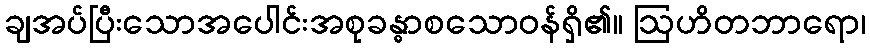
ချအပ်ပြီးသောအပေါင်းအစုခန္ဓာစသောဝန်ရှိ၏။ ဩဟိတဘာရော၊